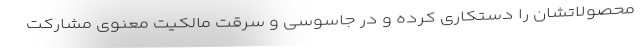
محصولاتشان را دستکاری کرده و در جاسوسی و سرقت مالکیت معنوی مشارکت